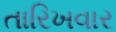
તારિખવાર